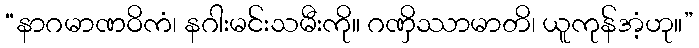
“နာဂမာဏဝိကံ၊ နဂါးမင်းသမီးကို။ ဂဏှိဿာမာတိ၊ ယူကုန်အံ့ဟု။”